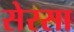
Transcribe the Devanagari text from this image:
सेरसा